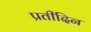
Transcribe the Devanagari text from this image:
प्रतीदिन